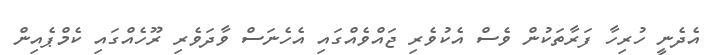
އެދެނީ ހުރިހާ ފަރާތަކުން ވެސް އެކުވެރި ޖައްވެއްގައި އެހެނަސް ވާދަވެރި ރޫހެއްގައި ކެމްޕެއިން